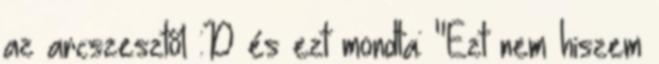
az arcszesztől :D és ezt mondta: "Ezt nem hiszem